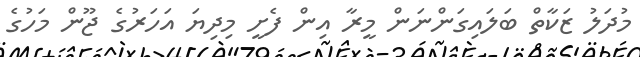
މުދަލު ޒަކާތް ބަލައިގަންނަން މީރާ އިން ފެށީ މިދިޔަ އަހަރުގެ ޖޫން މަހުގެ